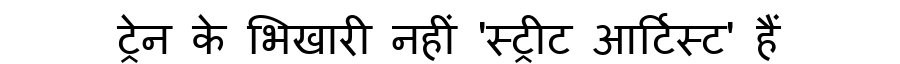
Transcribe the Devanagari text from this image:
ट्रेन के भिखारी नहीं 'स्ट्रीट आर्टिस्ट' हैं